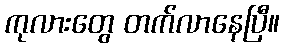
ကုလားတွေ တက်လာနေပြီ။